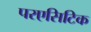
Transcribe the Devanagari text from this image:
परएसिटिक